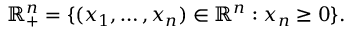
\mathbb { R } _ { + } ^ { n } = \{ ( x _ { 1 } , \ldots , x _ { n } ) \in \mathbb { R } ^ { n } : x _ { n } \geq 0 \} .